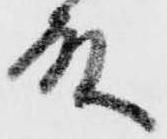
殿